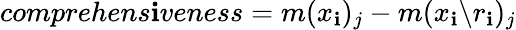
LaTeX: comprehens\mathbf{i}veness=m({x}_{\mathbf{i}})_{j}-m({x}_{\mathbf{i}}\backslash{r}_{\mathbf{i}})_{j}